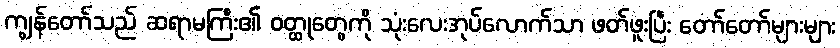
ကျွန်တော်သည် ဆရာမကြီး၏ ဝတ္ထုတွေကို သုံးလေးအုပ်လောက်သာ ဖတ်ဖူးပြီး တော်တော်များများ